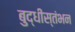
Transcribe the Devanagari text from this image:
बुद्धीस्तंभन